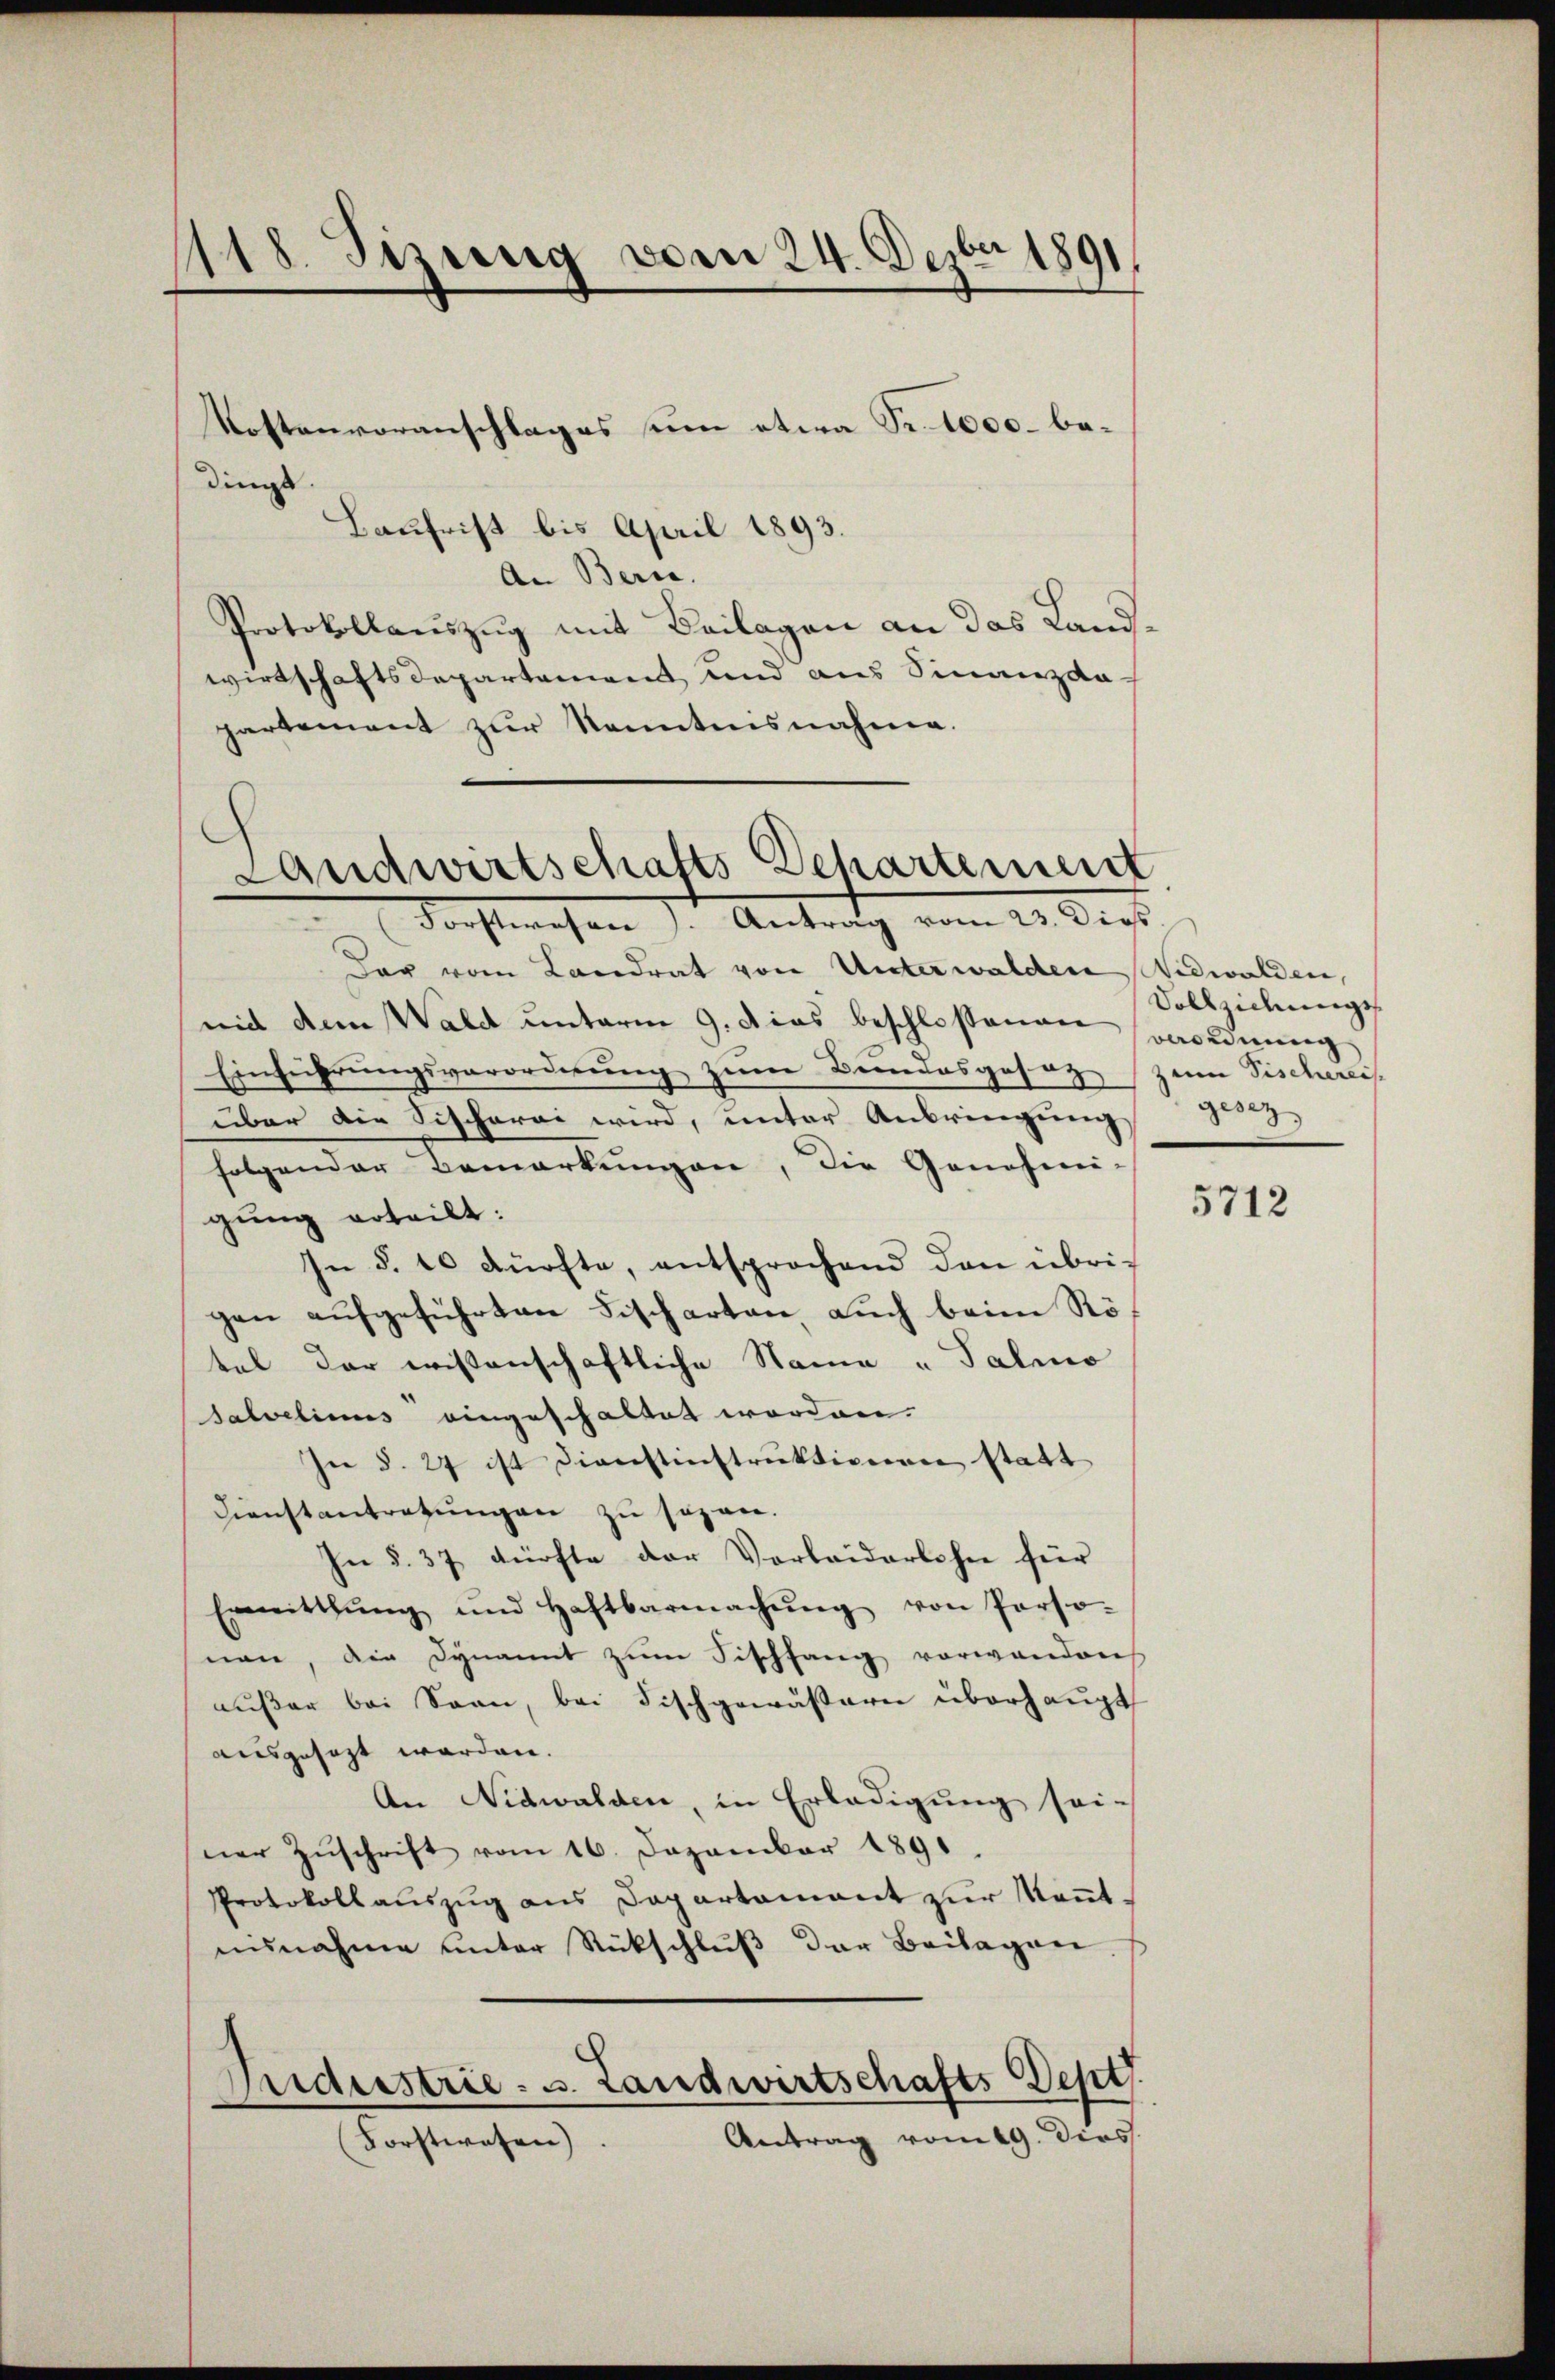
118. Sizung vom 24. Dezbr 1891

ding
Baufrist bis April 1893.
An Beric
Protokollauszug mit Beilagen an das Landwirtschaftsdepartement und aus Finanzda-
partement zur kanntensnahme.

Kostenvoranschlages un etwa Fr. 1000. be¬

Landwirtschafts Departement
Forstwesen /: Antrag vom 23. Dies

Der vom Landrat von Unterwalden Nidwalden,
mid dem Wald unterm 9. dies beschloßenen geordnung
Einführungsverordnung zum Bundesgesez zum Tischereit
über die Sischerei wird, unter Anbringŭng
folgender Bemerkungen, die Genehmi-
gung erteilt:
In §. 10 dürfte, entsprochend den übrigen aufgeführten Fischarten, auch beim Rötel der wissenschaftliche Name u. Talio
Salvelinus eingeschaltet worden.
In §. 27 ist dienstinstruktionen statt
Dienstantretungen zu sezen.
In §. 37 dürfte der Verleiderlohn für
Ermitthŭng und Haftbarmachŭng von Perso-
nen, die Dynannt zŭm Fischfang vorwanden
außer bei Senn, bei Fischgewässern überhaupt
ausgesezt worden.
An Nidwalden, in Erledigung sei-
ner Zŭschrift vom 16. Dezember 1891.
Protokollauszug aus Departament zur Kenntausnahme unter Rückschluß der Beilagen.
Audeestrie - u. Landwirtschafts Dept
Antrag vom 19. Dies
Forstwesen).

Vollziehungsgesez

5712